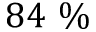
8 4 ~ \%